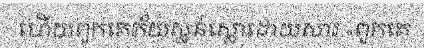
ហើយពួកគេភ័យស្លន់ស្លោដោយសារ «ពួកគេ